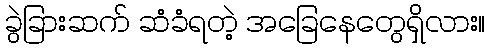
ခွဲခြားဆက် ဆံခံရတဲ့ အခြေနေတွေရှိလား။